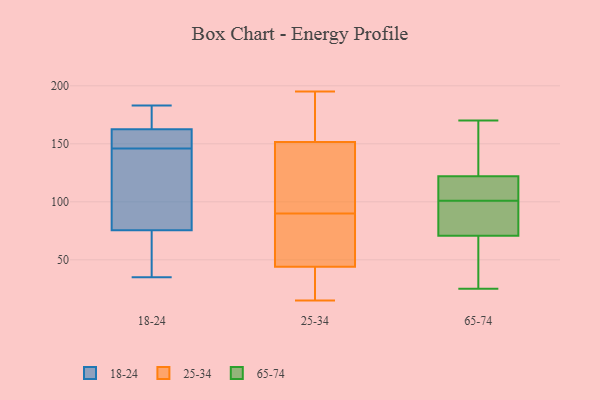
{"axis": {"x": "Bounce Rate (%)", "y": "Value"}, "legend": ["18-24", "25-34", "65-74"], "data": [{"x": "", "y": 46, "type": "18-24"}, {"x": "", "y": 79, "type": "18-24"}, {"x": "", "y": 159, "type": "18-24"}, {"x": "", "y": 37, "type": "18-24"}, {"x": "", "y": 179, "type": "18-24"}, {"x": "", "y": 137, "type": "18-24"}, {"x": "", "y": 72, "type": "18-24"}, {"x": "", "y": 169, "type": "18-24"}, {"x": "", "y": 35, "type": "18-24"}, {"x": "", "y": 134, "type": "18-24"}, {"x": "", "y": 161, "type": "18-24"}, {"x": "", "y": 114, "type": "18-24"}, {"x": "", "y": 158, "type": "18-24"}, {"x": "", "y": 155, "type": "18-24"}, {"x": "", "y": 164, "type": "18-24"}, {"x": "", "y": 183, "type": "18-24"}, {"x": "", "y": 160, "type": "25-34"}, {"x": "", "y": 66, "type": "25-34"}, {"x": "", "y": 31, "type": "25-34"}, {"x": "", "y": 15, "type": "25-34"}, {"x": "", "y": 126, "type": "25-34"}, {"x": "", "y": 115, "type": "25-34"}, {"x": "", "y": 20, "type": "25-34"}, {"x": "", "y": 39, "type": "25-34"}, {"x": "", "y": 89, "type": "25-34"}, {"x": "", "y": 90, "type": "25-34"}, {"x": "", "y": 187, "type": "25-34"}, {"x": "", "y": 195, "type": "25-34"}, {"x": "", "y": 114, "type": "25-34"}, {"x": "", "y": 184, "type": "25-34"}, {"x": "", "y": 59, "type": "25-34"}, {"x": "", "y": 124, "type": "65-74"}, {"x": "", "y": 69, "type": "65-74"}, {"x": "", "y": 104, "type": "65-74"}, {"x": "", "y": 89, "type": "65-74"}, {"x": "", "y": 101, "type": "65-74"}, {"x": "", "y": 26, "type": "65-74"}, {"x": "", "y": 116, "type": "65-74"}, {"x": "", "y": 25, "type": "65-74"}, {"x": "", "y": 76, "type": "65-74"}, {"x": "", "y": 139, "type": "65-74"}, {"x": "", "y": 170, "type": "65-74"}]}